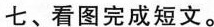
七、看图完成短文。